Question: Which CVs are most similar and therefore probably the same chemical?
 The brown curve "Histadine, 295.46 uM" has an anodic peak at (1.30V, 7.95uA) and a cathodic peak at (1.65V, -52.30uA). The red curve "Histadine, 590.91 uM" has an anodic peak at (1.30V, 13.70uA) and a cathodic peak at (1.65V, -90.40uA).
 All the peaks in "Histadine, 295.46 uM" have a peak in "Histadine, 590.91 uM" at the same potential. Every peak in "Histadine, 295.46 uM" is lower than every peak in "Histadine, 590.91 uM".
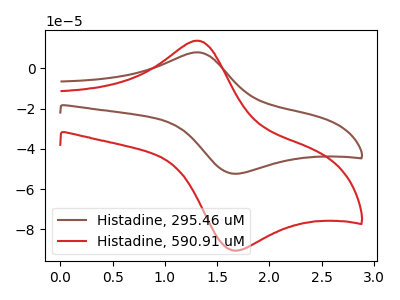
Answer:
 <answer>"Histadine, 590.91 uM" and "Histadine, 295.46 uM" have the same shape and are likely CV's of the same chemical.</answer>
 <eval>"Histadine, 590.91 uM" "Histadine, 295.46 uM"</eval>